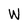
Character: W